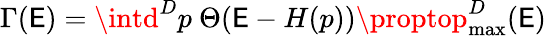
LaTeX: \Gamma(\mathsf{E})=\intd^{D}p\ \Theta(\mathsf{E}-H(p))\proptop_{\mathrm{{max}}}^{D}(\mathsf{E})